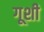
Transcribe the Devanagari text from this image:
गूशी